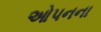
ઓપનના